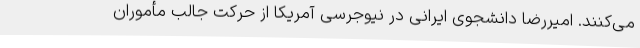
می‌کنند. امیررضا دانشجوی ایرانی در نیوجرسی آمریکا از حرکت جالب مأموران